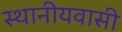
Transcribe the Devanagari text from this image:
स्थानीयवासी